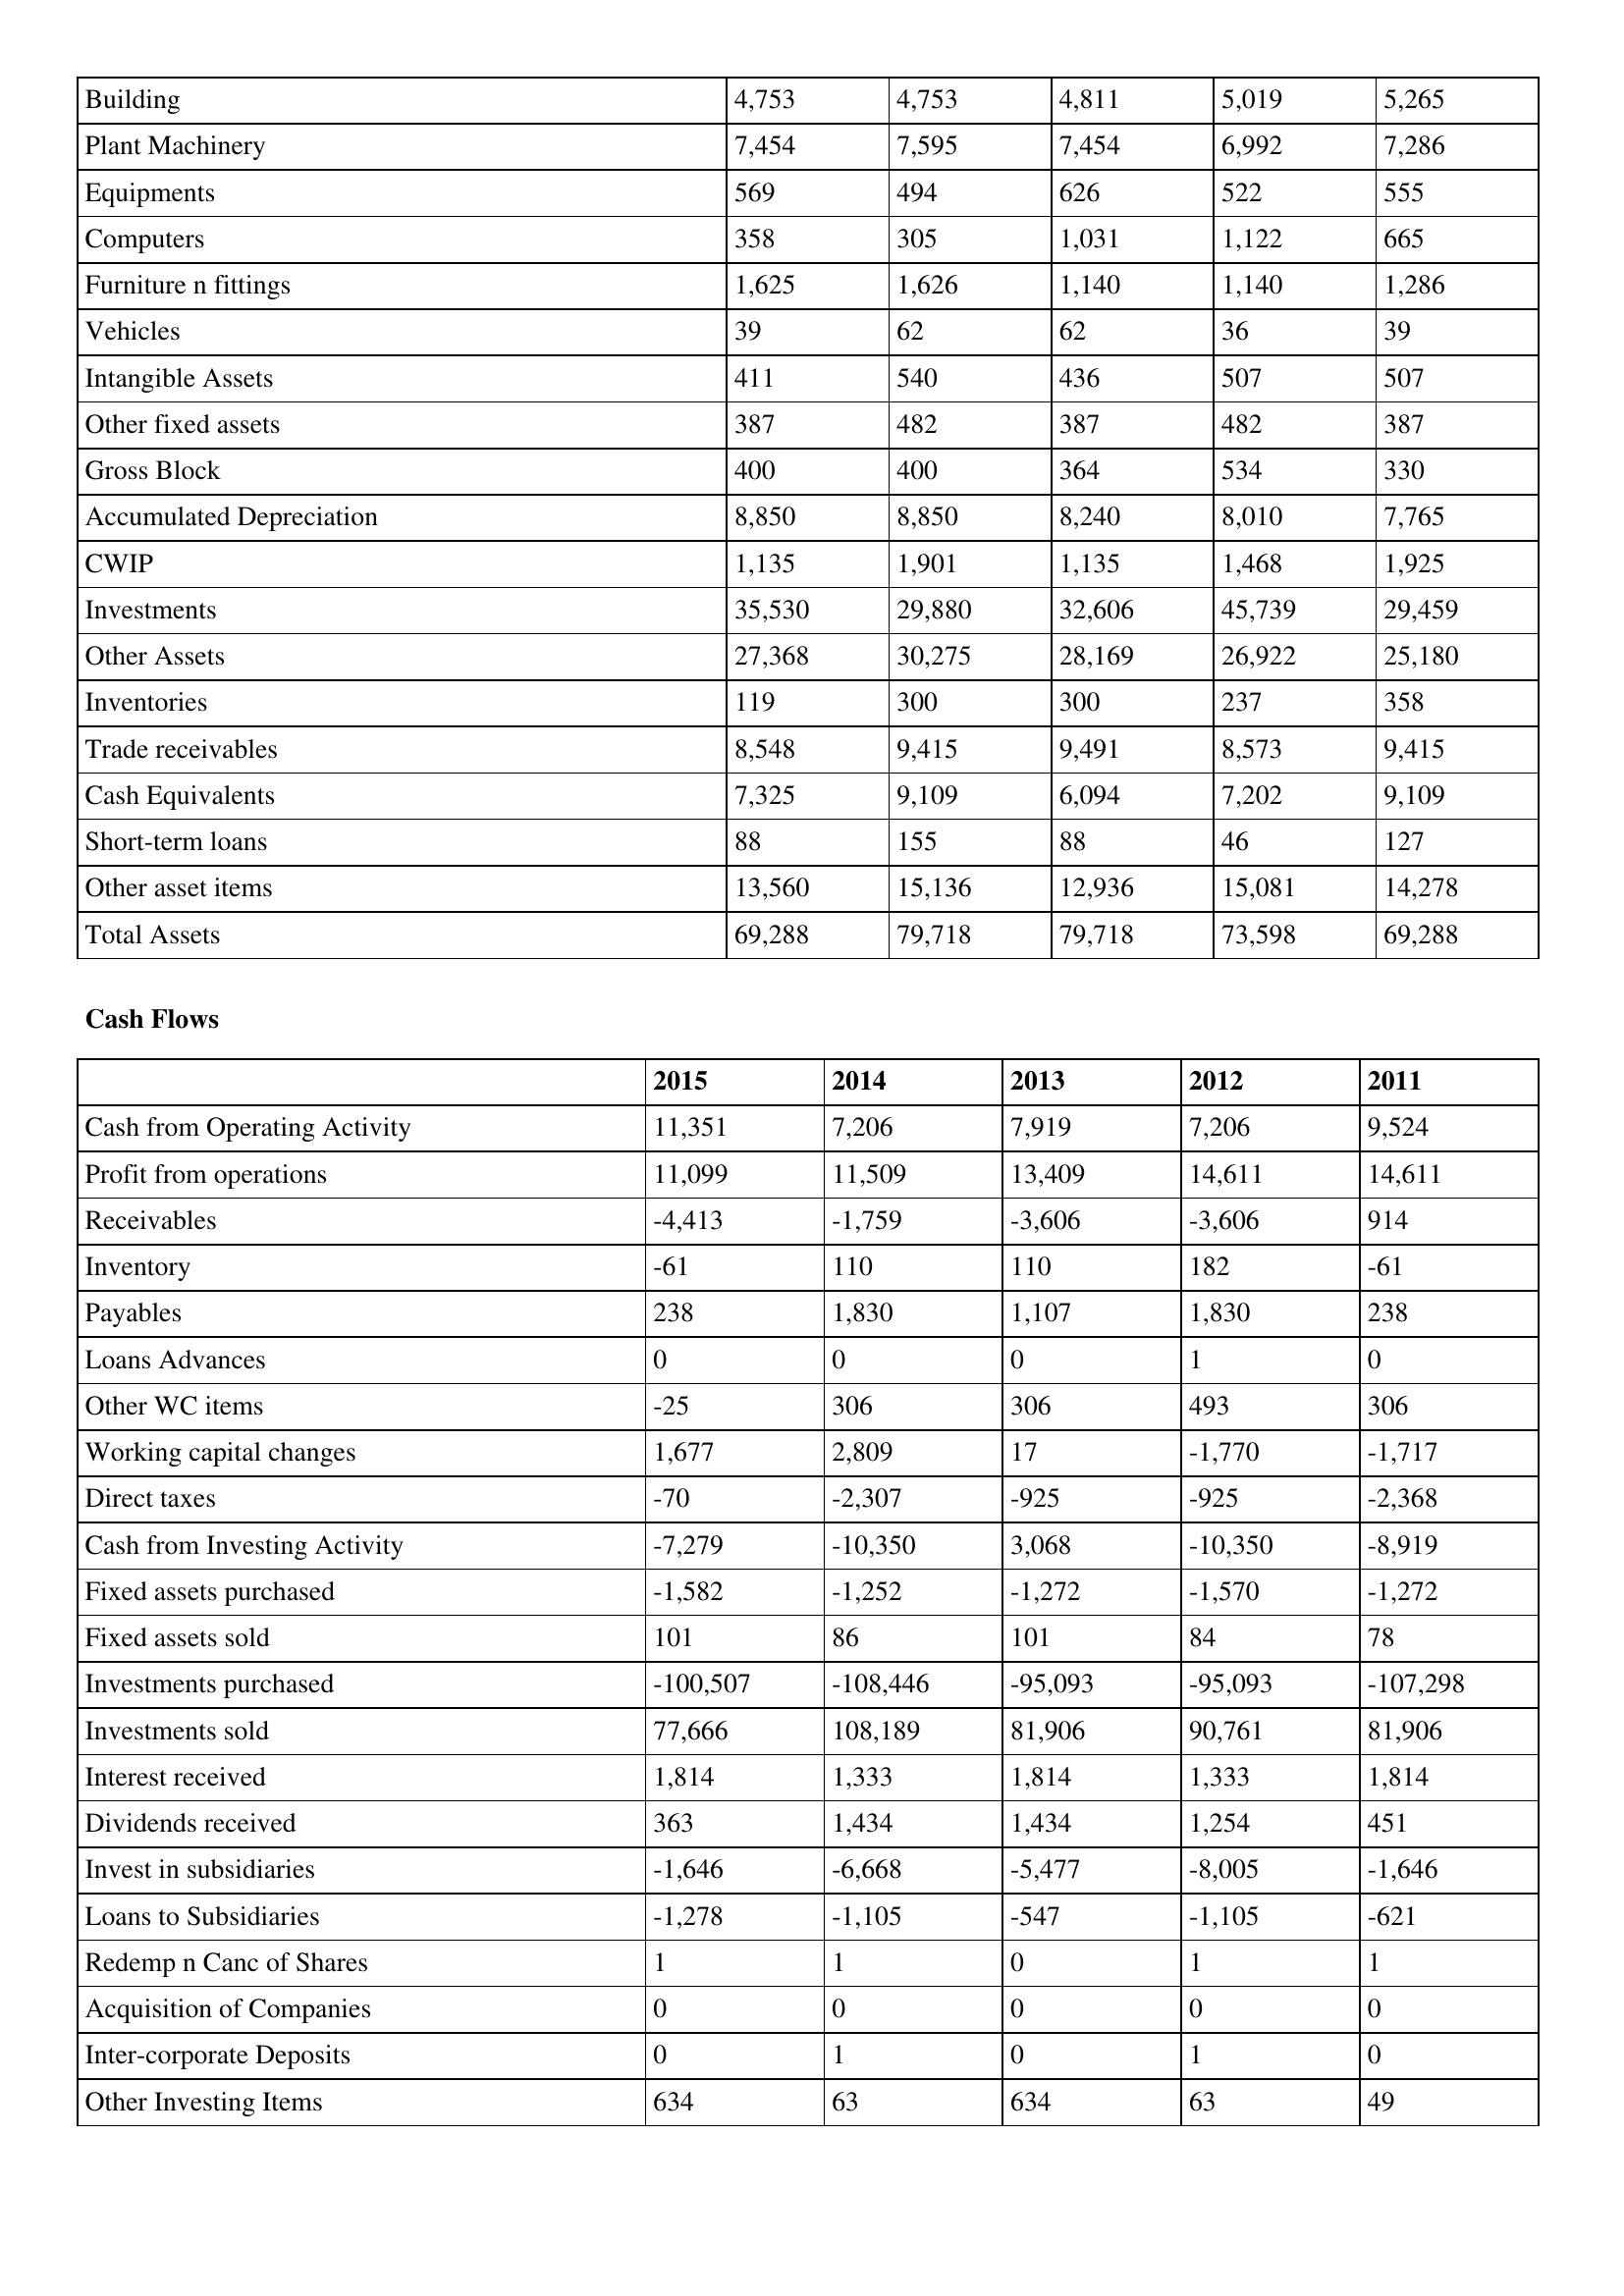
gt_parse: 2015: Balance Sheet: Building: 4,753
Plant Machinery: 7,454
Equipments: 569
Computers: 358
Furniture n fittings: 1,625
Vehicles: 39
Intangible Assets: 411
Other fixed assets: 387
Gross Block: 400
Accumulated Depreciation: 8,850
CWIP: 1,135
Investments: 35,530
Other Assets: 27,368
Inventories: 119
Trade receivables: 8,548
Cash Equivalents: 7,325
Short-term loans: 88
Other asset items: 13,560
Total Assets: 69,288
Cash Flows: Cash from Operating Activity: 11,351
Profit from operations: 11,099
Receivables: -4,413
Inventory: -61
Payables: 238
Loans Advances: 0
Other WC items: -25
Working capital changes: 1,677
Direct taxes: -70
Cash from Investing Activity: -7,279
Fixed assets purchased: -1,582
Fixed assets sold: 101
Investments purchased: -100,507
Investments sold: 77,666
Interest received: 1,814
Dividends received: 363
Invest in subsidiaries: -1,646
Loans to Subsidiaries: -1,278
Redemp n Canc of Shares: 1
Acquisition of Companies: 0
Inter-corporate Deposits: 0
Other Investing Items: 634
2014: Balance Sheet: Building: 4,753
Plant Machinery: 7,595
Equipments: 494
Computers: 305
Furniture n fittings: 1,626
Vehicles: 62
Intangible Assets: 540
Other fixed assets: 482
Gross Block: 400
Accumulated Depreciation: 8,850
CWIP: 1,901
Investments: 29,880
Other Assets: 30,275
Inventories: 300
Trade receivables: 9,415
Cash Equivalents: 9,109
Short-term loans: 155
Other asset items: 15,136
Total Assets: 79,718
Cash Flows: Cash from Operating Activity: 7,206
Profit from operations: 11,509
Receivables: -1,759
Inventory: 110
Payables: 1,830
Loans Advances: 0
Other WC items: 306
Working capital changes: 2,809
Direct taxes: -2,307
Cash from Investing Activity: -10,350
Fixed assets purchased: -1,252
Fixed assets sold: 86
Investments purchased: -108,446
Investments sold: 108,189
Interest received: 1,333
Dividends received: 1,434
Invest in subsidiaries: -6,668
Loans to Subsidiaries: -1,105
Redemp n Canc of Shares: 1
Acquisition of Companies: 0
Inter-corporate Deposits: 1
Other Investing Items: 63
2013: Balance Sheet: Building: 4,811
Plant Machinery: 7,454
Equipments: 626
Computers: 1,031
Furniture n fittings: 1,140
Vehicles: 62
Intangible Assets: 436
Other fixed assets: 387
Gross Block: 364
Accumulated Depreciation: 8,240
CWIP: 1,135
Investments: 32,606
Other Assets: 28,169
Inventories: 300
Trade receivables: 9,491
Cash Equivalents: 6,094
Short-term loans: 88
Other asset items: 12,936
Total Assets: 79,718
Cash Flows: Cash from Operating Activity: 7,919
Profit from operations: 13,409
Receivables: -3,606
Inventory: 110
Payables: 1,107
Loans Advances: 0
Other WC items: 306
Working capital changes: 17
Direct taxes: -925
Cash from Investing Activity: 3,068
Fixed assets purchased: -1,272
Fixed assets sold: 101
Investments purchased: -95,093
Investments sold: 81,906
Interest received: 1,814
Dividends received: 1,434
Invest in subsidiaries: -5,477
Loans to Subsidiaries: -547
Redemp n Canc of Shares: 0
Acquisition of Companies: 0
Inter-corporate Deposits: 0
Other Investing Items: 634
2012: Balance Sheet: Building: 5,019
Plant Machinery: 6,992
Equipments: 522
Computers: 1,122
Furniture n fittings: 1,140
Vehicles: 36
Intangible Assets: 507
Other fixed assets: 482
Gross Block: 534
Accumulated Depreciation: 8,010
CWIP: 1,468
Investments: 45,739
Other Assets: 26,922
Inventories: 237
Trade receivables: 8,573
Cash Equivalents: 7,202
Short-term loans: 46
Other asset items: 15,081
Total Assets: 73,598
Cash Flows: Cash from Operating Activity: 7,206
Profit from operations: 14,611
Receivables: -3,606
Inventory: 182
Payables: 1,830
Loans Advances: 1
Other WC items: 493
Working capital changes: -1,770
Direct taxes: -925
Cash from Investing Activity: -10,350
Fixed assets purchased: -1,570
Fixed assets sold: 84
Investments purchased: -95,093
Investments sold: 90,761
Interest received: 1,333
Dividends received: 1,254
Invest in subsidiaries: -8,005
Loans to Subsidiaries: -1,105
Redemp n Canc of Shares: 1
Acquisition of Companies: 0
Inter-corporate Deposits: 1
Other Investing Items: 63
2011: Balance Sheet: Building: 5,265
Plant Machinery: 7,286
Equipments: 555
Computers: 665
Furniture n fittings: 1,286
Vehicles: 39
Intangible Assets: 507
Other fixed assets: 387
Gross Block: 330
Accumulated Depreciation: 7,765
CWIP: 1,925
Investments: 29,459
Other Assets: 25,180
Inventories: 358
Trade receivables: 9,415
Cash Equivalents: 9,109
Short-term loans: 127
Other asset items: 14,278
Total Assets: 69,288
Cash Flows: Cash from Operating Activity: 9,524
Profit from operations: 14,611
Receivables: 914
Inventory: -61
Payables: 238
Loans Advances: 0
Other WC items: 306
Working capital changes: -1,717
Direct taxes: -2,368
Cash from Investing Activity: -8,919
Fixed assets purchased: -1,272
Fixed assets sold: 78
Investments purchased: -107,298
Investments sold: 81,906
Interest received: 1,814
Dividends received: 451
Invest in subsidiaries: -1,646
Loans to Subsidiaries: -621
Redemp n Canc of Shares: 1
Acquisition of Companies: 0
Inter-corporate Deposits: 0
Other Investing Items: 49